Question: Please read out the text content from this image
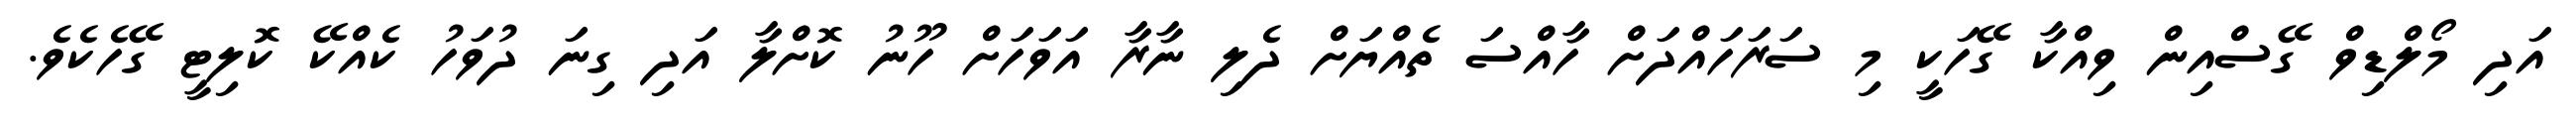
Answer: އަދި މޯލްޑިވް ގޭސްއިން ވިއްކާ ގޭހަކީ މި ސަރަހައްދަށް ހާއްސަ ތެއްޔަށް ދެލި ނާރާ އަވަހަށް ހޫނު ކޮށްލާ އަދި ގިނަ ދުވަހު ކެއްކޭ ކޮލިޓީ ގޭހެކެވެ.